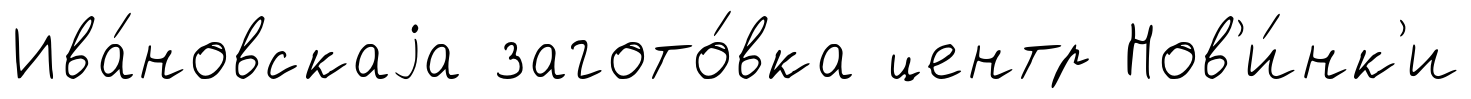
Ива́новскаjа загото́вка центр Нов'и́нк'и